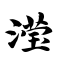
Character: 滢